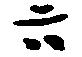
六